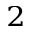
_ 2